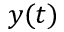
y ( t )